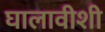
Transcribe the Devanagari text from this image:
घालावीशी